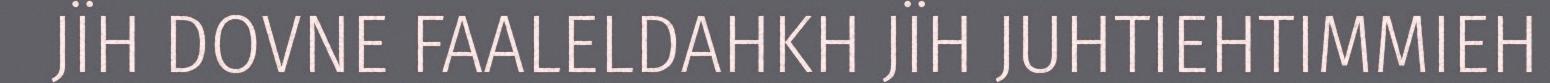
JÏH DOVNE FAALELDAHKH JÏH JUHTIEHTIMMIEH